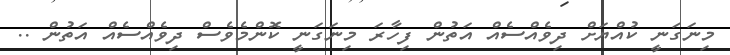
މިނަގަނީ ކުއްޔަށް ދިވެއްސެއް އަތުން ފިހާރަ މިނަގަނީ ކޮންމެވެސް ދިވެއްސެއް އަތުން ..